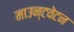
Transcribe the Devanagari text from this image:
माउन्टवेटन